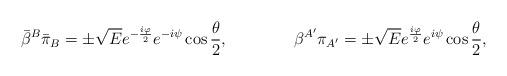
LaTeX: \begin{align*}{\bar \beta}^{B}{\bar \pi}_{B}=\pm {\sqrt E} e^{-{i\varphi \over 2}}e^{-i\psi}\cos{\theta \over 2}, \qquad \qquad\beta^{A^\prime}\pi_{A^\prime}=\pm {\sqrt E} e^{{i\varphi \over 2}}e^{i\psi}\cos{\theta \over 2},\end{align*}